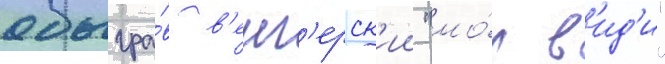
обыгра́в в'енг'ерск'ии "мо́л в'ид'и"